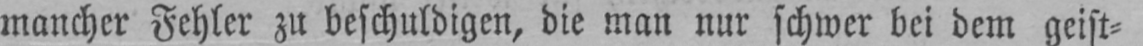
mancher Fehler zu beschuldigen, die man nur schwer bei dem geist⸗